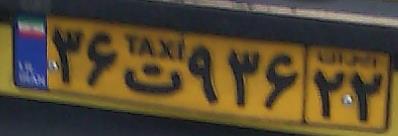
۳۶ت۹۳۶۲۲